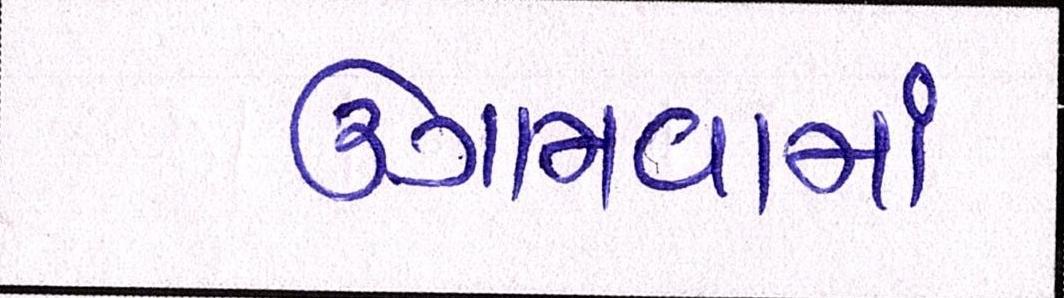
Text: ઉગામવામાં